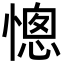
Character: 憁